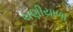
ચણીયાળા